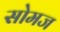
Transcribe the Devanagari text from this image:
सोमज